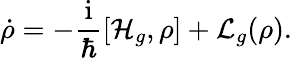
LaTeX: \dot{\rho}=-\frac{\mathrm{i}}{\hbar}[\mathcal{H}_{g},\rho]+\mathcal{L}_{g}(\rho).